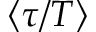
\langle \tau / T \rangle